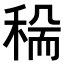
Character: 𥟺